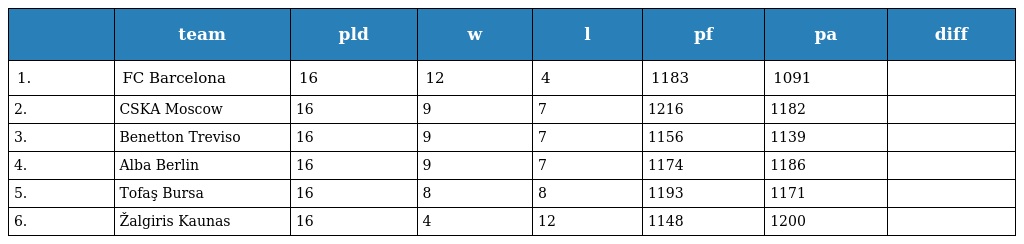
|  | team | pld | w | l | pf | pa | diff |
 | --- | --- | --- | --- | --- | --- | --- | --- |
 | 1. | FC Barcelona | 16 | 12 | 4 | 1183 | 1091 |  |
 | 2. | CSKA Moscow | 16 | 9 | 7 | 1216 | 1182 |  |
 | 3. | Benetton Treviso | 16 | 9 | 7 | 1156 | 1139 |  |
 | 4. | Alba Berlin | 16 | 9 | 7 | 1174 | 1186 |  |
 | 5. | Tofaş Bursa | 16 | 8 | 8 | 1193 | 1171 |  |
 | 6. | Žalgiris Kaunas | 16 | 4 | 12 | 1148 | 1200 |  |